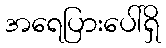
အရေပြားပေါ်ရှိ